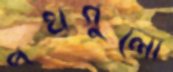
পথগুলো